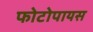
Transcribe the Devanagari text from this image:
फोटोपायस